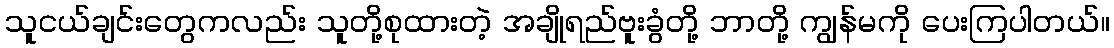
သူငယ်ချင်းတွေကလည်း သူတို့စုထားတဲ့ အချိုရည်ဗူးခွံတို့ ဘာတို့ ကျွန်မကို ပေးကြပါတယ်။